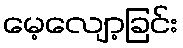
မေ့လျော့ခြင်း